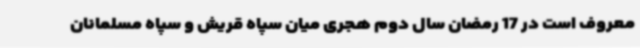
معروف است در 17 رمضان سال دوم هجری میان سپاه قریش و سپاه مسلمانان